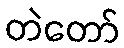
တဲတော်